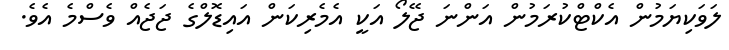
ލަވަކިޔަމުން އެކްޓްކުރަމުން އަންނަ ޖޭލޯ އަކީ އެމެރިކަން އައިޑޮލްގެ ޖަޖެއް ވެސްމެ އެވެ.